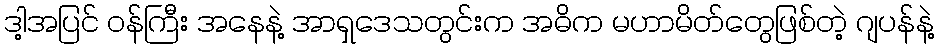
ဒါ့အပြင် ဝန်ကြီး အနေနဲ့ အာရှဒေသတွင်းက အဓိက မဟာမိတ်တွေဖြစ်တဲ့ ဂျပန်နဲ့